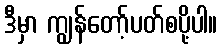
ဒီမှာ ကျွန်တော့်ပတ်စပို့ပါ။